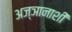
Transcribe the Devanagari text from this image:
अज्ञानाशी